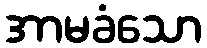
အာမခံသော